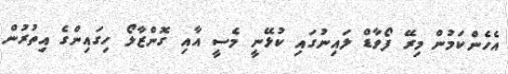
އެހެންކަމުން މިރޭ ފޯވާޑް ލައިނުގައި ކުޅޭނީ މެސީ އާއި ގޮންޒާލޯ ހިގައިންގެ އިތުރުން